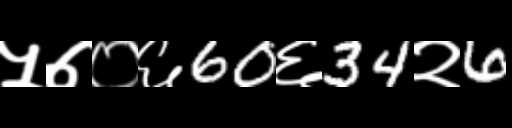
Text: ५७०६60६34२6